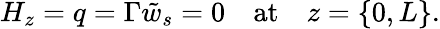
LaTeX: H_{z}=q=\Gamma\tilde{w}_{s}=0\quad\mathrm{at}\quad z=\{ 0,L\} .